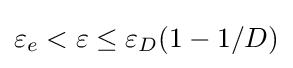
\varepsilon _{e}<\varepsilon \leq \varepsilon _{D}(1-1/D)